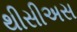
થીસીઅસ